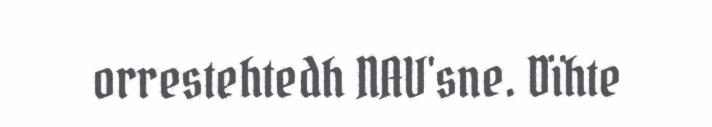
orrestehtedh NAV'sne. Dïhte